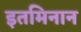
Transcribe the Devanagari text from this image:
इतमिनान